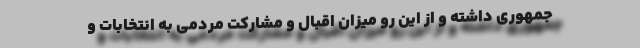
جمهوری داشته و از این رو میزان اقبال و مشارکت مردمی به انتخابات و